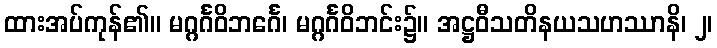
ထားအပ်ကုန်၏။ မဂ္ဂင်္ဂဝိဘင်္ဂေ၊ မဂ္ဂင်္ဂဝိဘင်း၌။ အဋ္ဌဝီသတိနယသဟဿာနိ၊ ၂၊